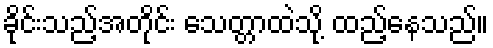
ခိုင်းသည့်အတိုင်း သေတ္တာထဲသို့ ထည့်နေသည်။